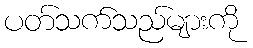
ပတ်သက်သည်များကို